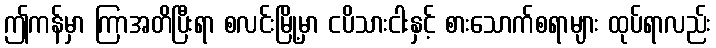
ဤကန်မှာ ကြာအတိပြီးရာ စလင်းမြို့မှာ ငပိသားငါးနှင့် စားသောက်စရာများ ထုပ်ရာလည်း